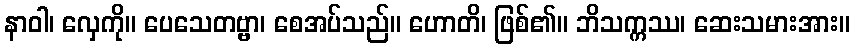
နာဝါ၊ လှေကို။ ပေသေတဗ္ဗာ၊ စေအပ်သည်။ ဟောတိ၊ ဖြစ်၏။ ဘိသက္ကဿ၊ ဆေးသမားအား။